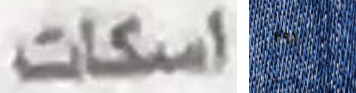
اسكات ٢٩١